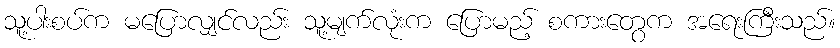
သူ့ပါးစပ်က မပြောလျှင်လည်း သူ့မျက်လုံးက ပြောမည့် စကားတွေက အရေးကြီးသည်။